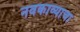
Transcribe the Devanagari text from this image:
नवकाव्याचा